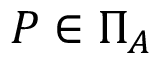
P \in \Pi _ { A }